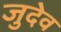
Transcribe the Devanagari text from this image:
जुदेव